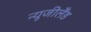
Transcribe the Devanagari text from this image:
न्‍यूजीलैंड